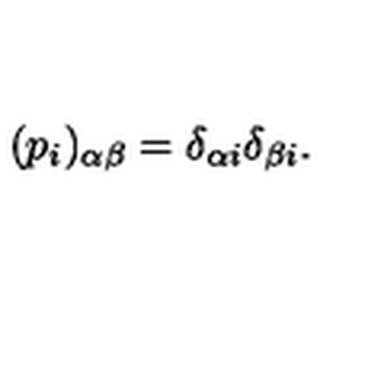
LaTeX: ( p _ { i } ) _ { \alpha \beta } = \delta _ { \alpha i } \delta _ { \beta i } .